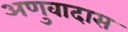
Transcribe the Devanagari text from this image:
अणुवादास